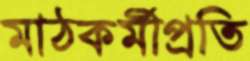
মাঠকর্মীপ্রতি